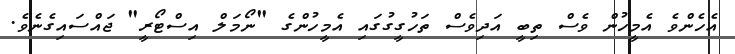
އެހެންވެ އެމީހުން ވެސް ތިބީ އަދިވެސް ތަހުގީގުގައި އެމީހުންގެ "ނޯމަލް އިސްޓޯރީ" ޖައްސައިގެނެވެ.